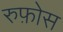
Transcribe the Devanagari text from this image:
रुफ़ोस